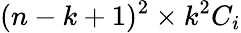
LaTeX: (n-k+1)^{2}\times k^{2}C_{i}